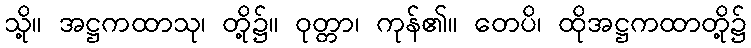
သို့။ အဋ္ဌကထာသု၊ တို့၌။ ဝုတ္တာ၊ ကုန်၏။ တေပိ၊ ထိုအဋ္ဌကထာတို့၌